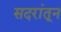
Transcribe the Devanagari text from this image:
सदरांतून